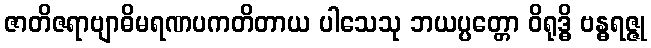
ဇာတိဇရာဗျာဓိမရဏပကတိတာယ ပါသေသု ဘယပ္ပတ္တော ဝိရုဒ္ဓိ ဗန္ဓရဇ္ဇု